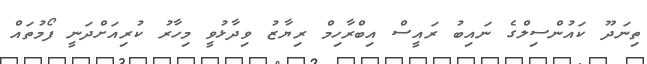
ތިނަދޫ ކައުންސިލްގެ ނައިބު ރައީސް އިބްރާހިމް ރިޔާޒު ވިދާޅުވީ މިހާރު ކުރިއަށްދަނީ ފޯމުތައް